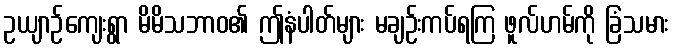
ဥယျာဉ်ကျေးရွာ မိမိသဘာဝ၏ ဤနံပါတ်များ မချဉ်းကပ်ရကြ ဖူလ်ဟမ်ကို ခြံသမား